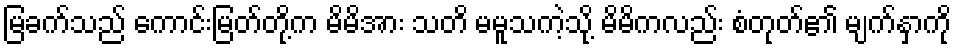
မြခက်သည် ကောင်းမြတ်တို့က မိမိအား သတိ မမူသကဲ့သို့ မိမိကလည်း စံတုတ်၏ မျက်နှာကို